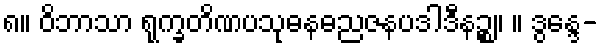
၈။ ဝိဘာသာ ရုက္ခတိဏပသုဓနဓညဇနပဒါဒီနဉ္စ။ ။ ဒွန္ဒေ-